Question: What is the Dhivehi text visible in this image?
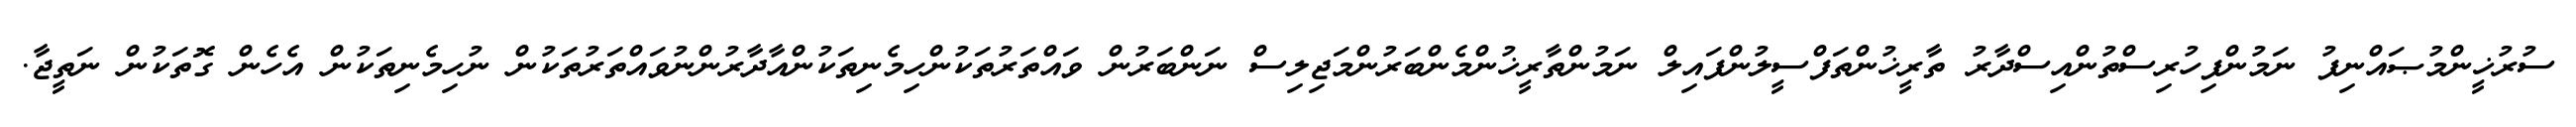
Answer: ސުރުޚީންމުޞައްނިފު ނަމުންފިހުރިސްތުންއިސްދާރު ތާރީޚުންތަފްސީލުންފައިލް ނަމުންތާރީޚުންމެންބަރުންމަޖިލިސް ނަންބަރުން ވައްތަރުތަކުންހިމެނިތަކުންއާދާރުންނުވައްތަރުތަކުން ނުހިމެނިތަކުން އެހެން ގޮތަކުން ނަތީޖާ.